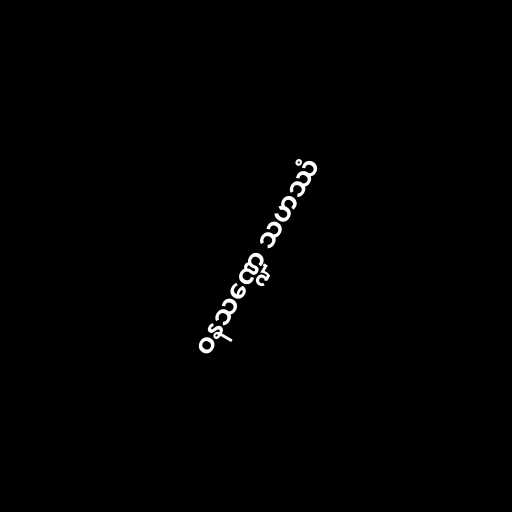
ဝနသဏ္ဍေ သဟဿံ